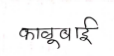
मजकूर: काबू बाई